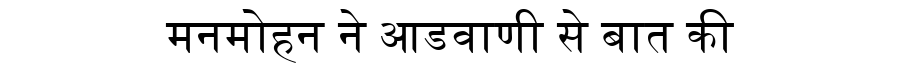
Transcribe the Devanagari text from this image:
मनमोहन ने आडवाणी से बात की